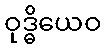
ဝုဒ္ဓိယေဝ